Reports on dispensaries and lunatic asylums in the Province of Oudh - 1869-1876
Year: 1869
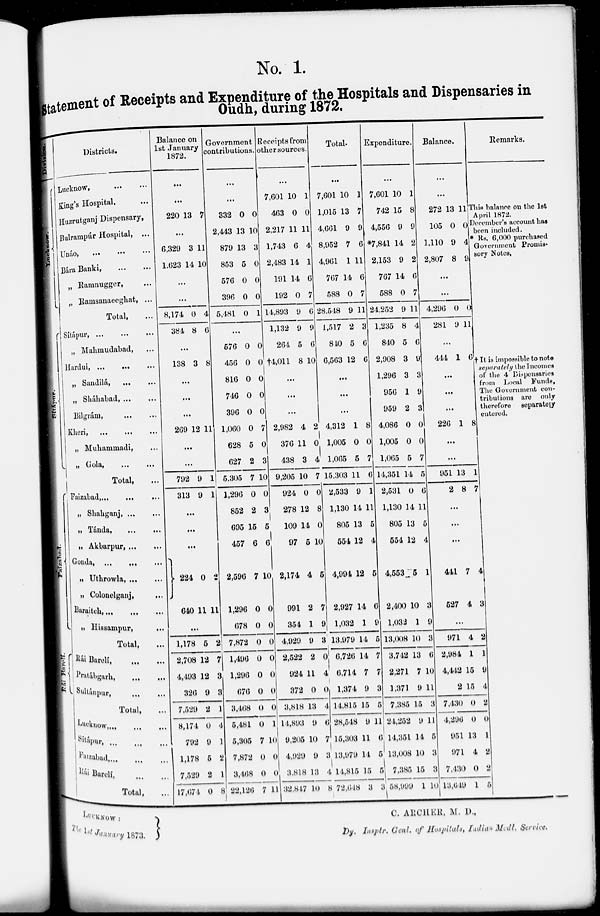
No. 1.
Statement of Receipts and Expenditure of the Hospitals and Dispensaries in
Oudh, during 1872.
Shapur.
Faizabad.
Rái
Bareli.
Districts.
Lucknow, … …
King's Hospital, …
Huzrutganj Dispensary,
Bulrampúr Hospital, ...
Unáo, … … …
Bára Banki, … …
„ Ramnugger, …
„ Ramsanaeeghat, ...
Total, …
Sítápur, … … …
„ Mahmudabad, …
Hardui, ...
... …
„ Sandilá, … …
„ Sháhabad, ... …
Bilgrám, … …
Kheri,
... … …
„ Muhammadi, …
„ Gola, … …
Total, …
Faizabad … … …
„ Shahganj, … …
„ Tánda, … …
Akbarpur, … …
Gonda, … … …
„ Uthrowla, … …
„ Colonolganj, …
Baraitch,... … …
„
Hissampur, …
Total, …
Rái Bareli, … …
Pratábgrah, … …
Sultánpur, … …
Total, …
Lucknow, … … ...
Sitápur … … …
Faizabad, … … …
Rái Bareli, … …
Total, …
Balance on
1st January
1872.
…
…
220 13 7
...
6,329
1,623
3
14
11
10
...
...
8,174
384
0
8
4
6
...
138 3 8
...
…
...
269 12 11
…
...
792
313
9
9
1
1
…
...
...
224
640
0
11
2
11
…
1,178
2,708
4,493
326
7,529
8,174
792
1,178
7,529
17,674
5
12
12
9
2
0
9
5
2
0
2
7
3
3
1
4
1
2
1
8
Government
contributions.
…
…
332
2,443
879
853
576
396
5,481
0
13
13
5
0
0
0
0
10
3
0
0
0
1
…
576
456
816
746
396
1,060
628
627
5,305
1,296
852
695
457
2,596
1,296
678
7,872
1,496
1,296
676
3,468
5,481
5,305
7,872
3,468
22,126
0
0
0
0
0
0
5
2
7
0
2
15
6
7
0
0
0
0
0
0
0
0
7
0
0
7
0
0
0
0
0
7
0
3
10
0
3
5
6
10
0
0
0
0
0
0
0
1
10
0
0
11
Receipts from
other sources.
...
7,601
463
2,217
1,743
2,483
191
192
14,893
1,132
264
†4,011
10
0
11
6
14
14
0
9
9
5
8
1
0
11
4
1
6
7
6
9
6
10
...
...
...
2,982
376
438
9,205
924
278
109
97
2,174
991
354
4,929
2,522
924
372
3,818
14,893
9,205
4,929
3,818
32,847
4
11
3
10
0
12
14
5
4
2
1
9
2
11
0
13
9
10
9
13
10
2
0
4
7
0
8
0
10
5
7
9
3
0
4
0
4
6
7
3
4
8
Total.
...
7,601
1,015
4,661
8,952
4,961
767
588
28,548
1,517
840
6,563
10
13
9
7
1
14
0
9
2
5
12
1
7
9
6
11
6
7
11
3
6
6
...
…
...
4,312
1,005
1,065
15,303
2,533
1,130
805
554
4,994
2,927
1,032
13,971
6,721
6,714
1,374
14,815
28,548
15,303
3 13,979
4 14,815
72,648
1
0
5
11
9
14
13
12
12
14
1
14
14
7
9
15
9
11
14
15
3
8
0
7
6
1
11
5
4
5
6
9
5
7
7
3
5
11
6
5
5
3
Expenditure.
...
7,601
742
4,556
*7,841
2,153
767
588
24,252
1,235
840
2,908
1,296
956
959
4,086
1,005
1,065
14,351
2,531
1,130
805
554
4,553
2,400
1,032
13,008
3,742
2,271
1,371
7,385
24,252
14,351
13,008
7,385
58,999
10
15
9
14
9
14
0
9
8
5
3
3
1
2
0
0
5
14
0
14
13
12
5
10
1
10
13
7
9
15
9
14
10
15
1
1
8
9
2
2
6
7
11
4
6
9
3
9
3
0
0
7
5
6
11
5
4
1
3
9
3
6
10
11
3
11
5
3
3
10
Balance.
...
...
272
105
1,110
2,807
13
0
9
8
11
0
4
9
...
...
4,296
281
0
9
0
11
...
444 1 6
...
...
...
226 1 8
...
...
951
2
13
8
1
7
...
...
…
441
527
7
4
4
3
…
971
2,984
4,442
2
7,430
4,296
951
971
7,430
13,649
4
1
15
15
0
0
13
4
0
1
2
1
9
4
2
0
1
2
2
5
Remarks.
This balance on the 1st
April 1872.
December's account has
been included.
* Rs. 6,000 purchased
Government Promis-
sory Notes,
† It is impossible to note
separately the Incomes
of the 4 Dispensaries
from Local Funds,
The Government con-
tributions are only
therefore
separately
entered.
LUCKNOW:
The 1st January 1873.
C. ARCHER, M. D.,
Dy. Insptr. Genl. of Hospitals, Indian Medl. Service.